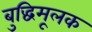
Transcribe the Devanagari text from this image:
बुद्धिमूलक